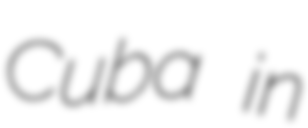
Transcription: Cuba in